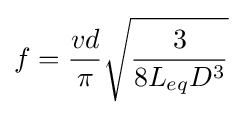
f={\frac {vd}{\pi }}{\sqrt {\frac {3}{8L_{eq}D^{3}}}}